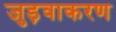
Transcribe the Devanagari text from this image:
जुड़वाकरण